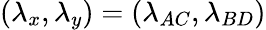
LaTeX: (\lambda_{x},\lambda_{y})=(\lambda_{AC},\lambda_{BD})